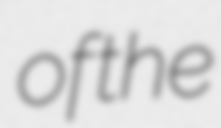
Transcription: of the